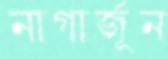
নাগার্জূন